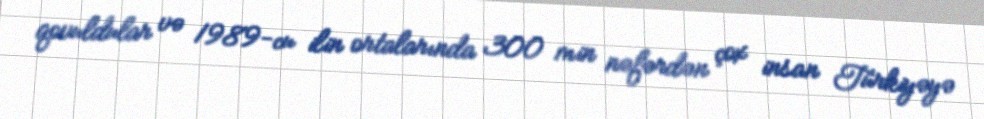
qovuldular və 1989-cu ilin ortalarında 300 min nəfərdən çox insan Türkiyəyə